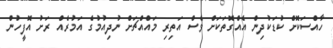
ހާއްސަކޮށް ކުޑަކުދިން އެއްގޮތަކަށް ވެސް އަތިރި މައްއްޗަށް ނުދިއުމުގެ އަމުރެއް ރަށު އޮފީހުން